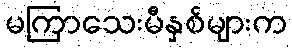
မကြာသေးမီနှစ်များက